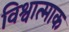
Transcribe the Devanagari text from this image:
विश्वात्माक